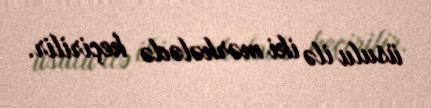
üsulu ilə iki mərhələdə keçirilir.